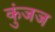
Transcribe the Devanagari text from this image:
कुंजज